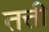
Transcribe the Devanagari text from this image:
तत्ती